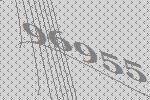
96955